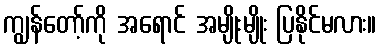
ကျွန်တော့်ကို အရောင် အမျိုးမျိုး ပြနိုင်မလား။